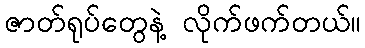
ဇာတ်ရုပ်တွေနဲ့ လိုက်ဖက်တယ်။